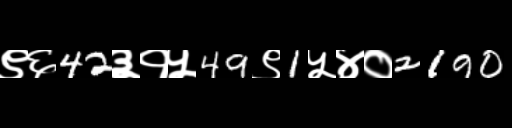
Text: ९६42३१५49९1५४०2190